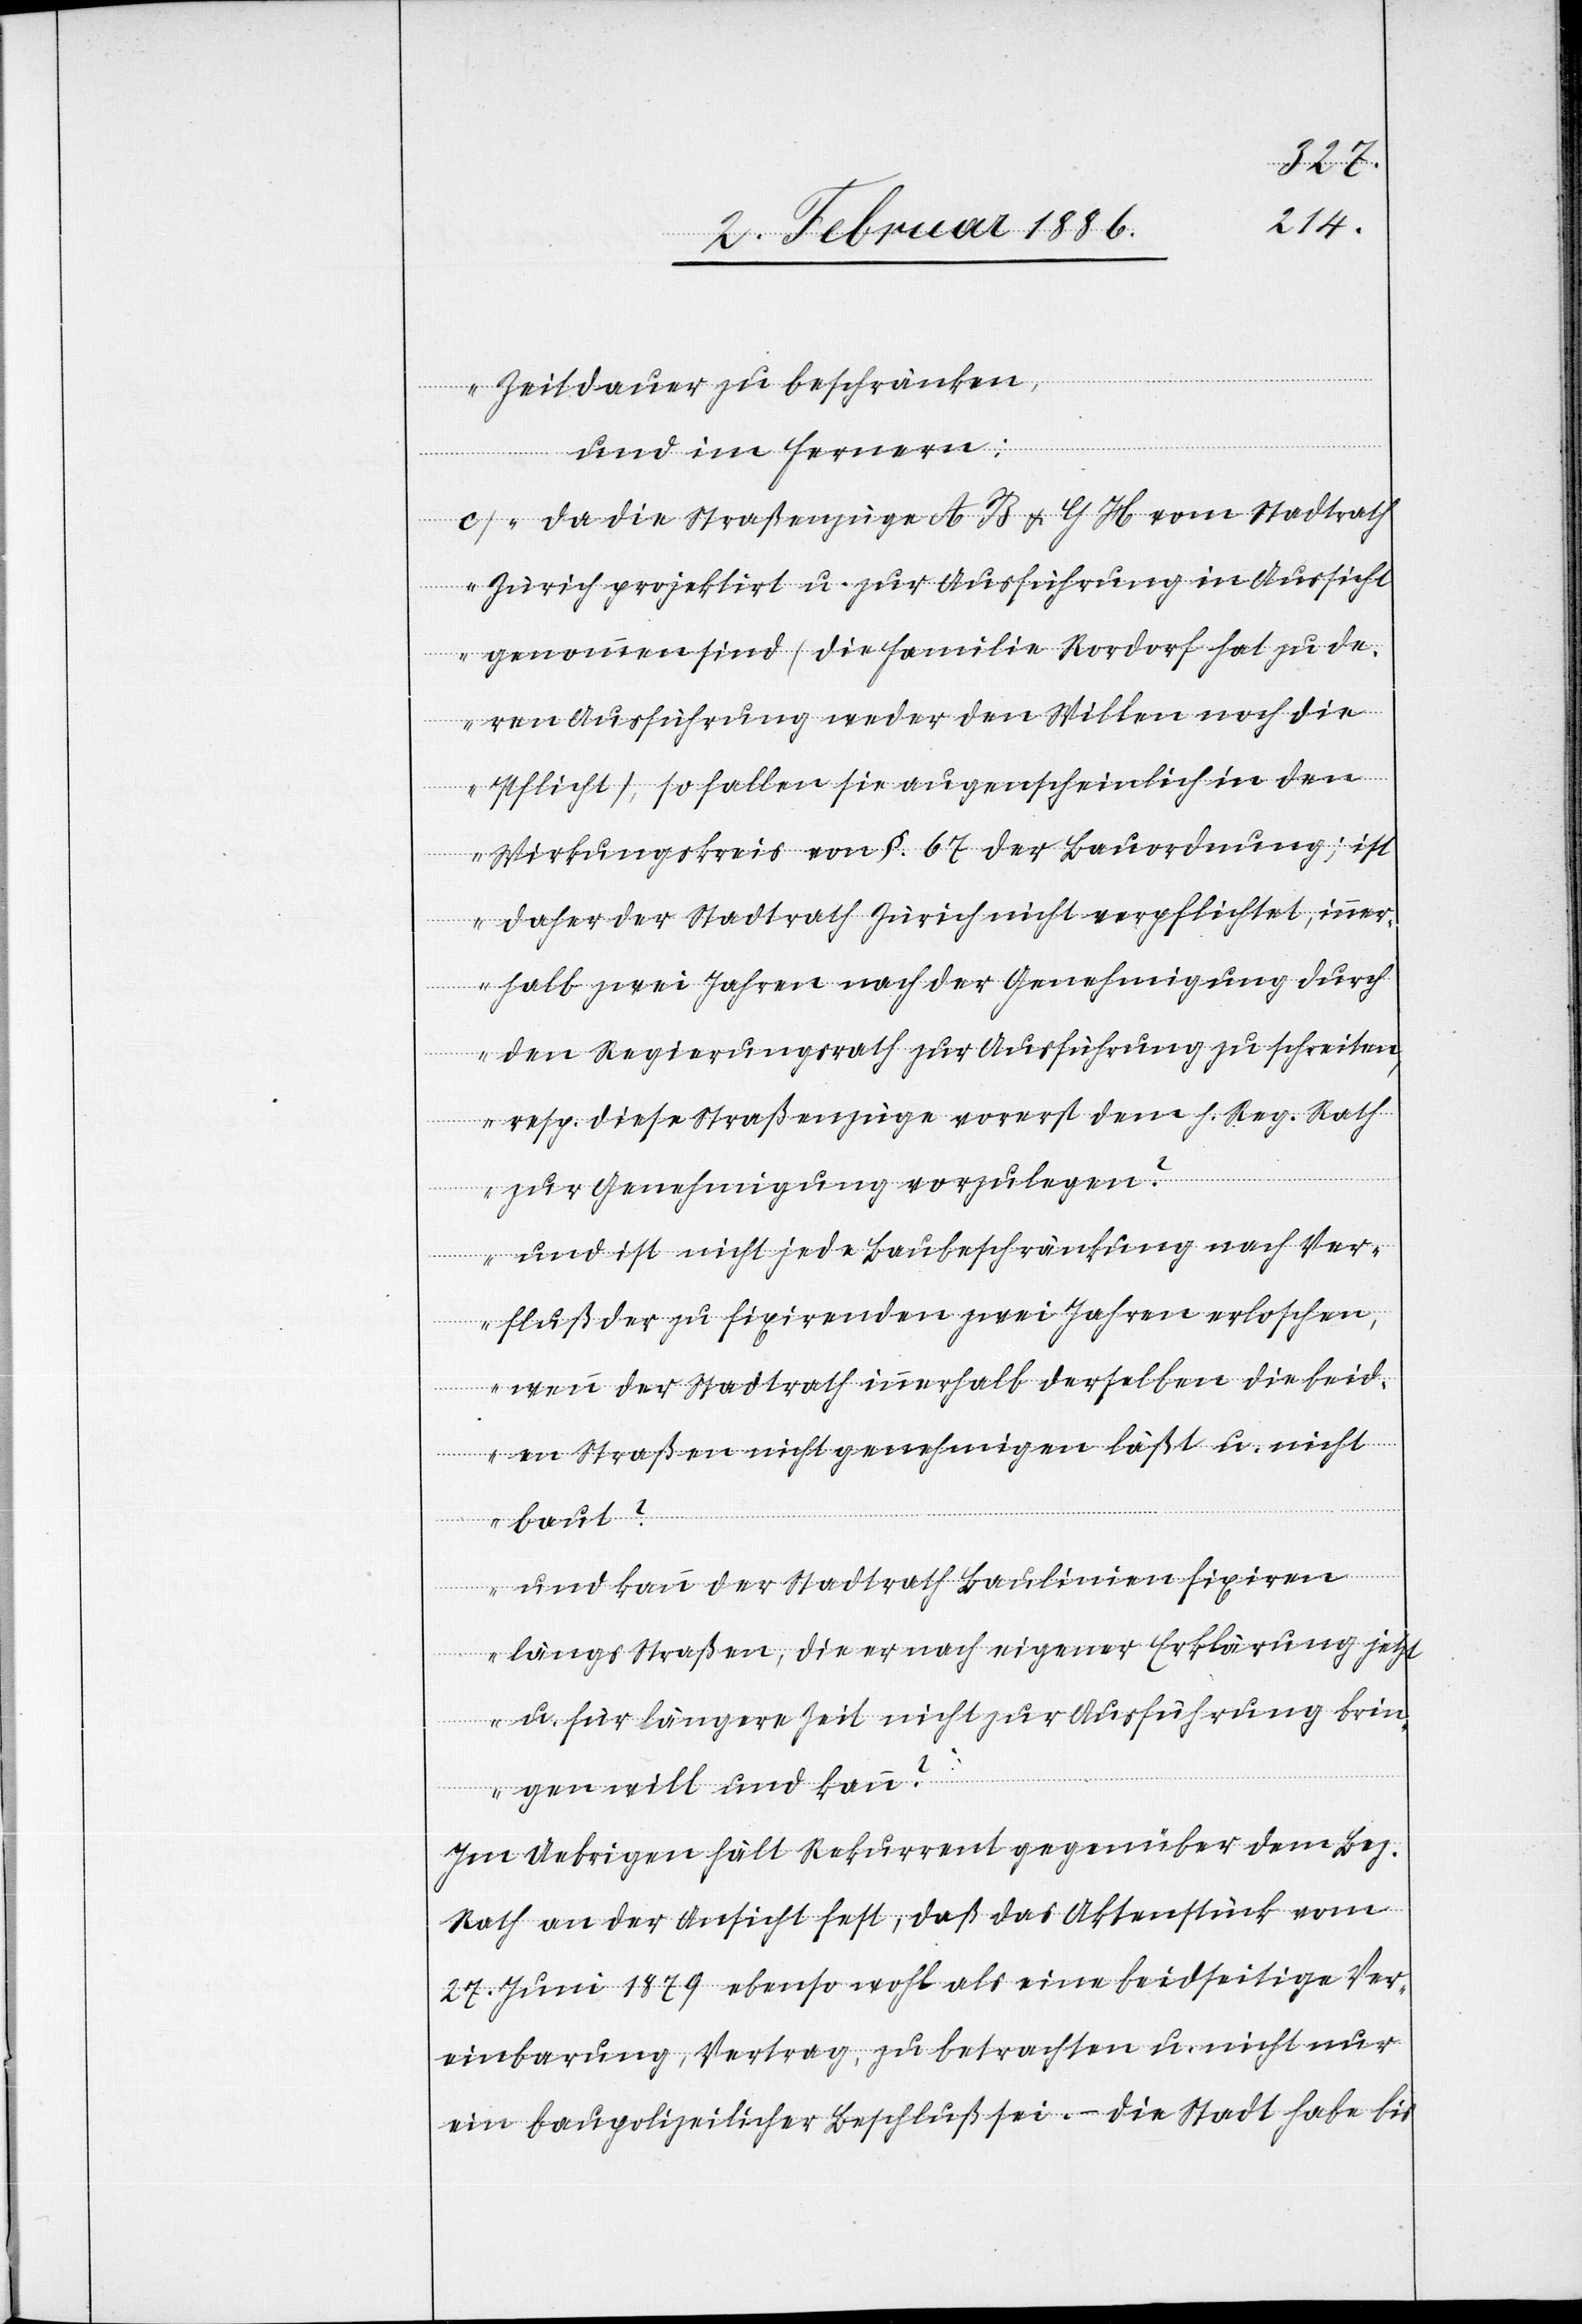
Zeitdauer zu beschränken,
und im ferneren:
c) Da die Straßenzüge A B & G H vom Stadtrath
Zürich projektirt u. zur Ausführung in Aussicht
genommen sind (die Familie Rordorf hat zu de¬
ren Ausführung weder den Willen noch die
Pflicht), so fallen sie augenscheinlich in den
Wirkungskreis von §. 67 der Bauordnung; ist
daher der Stadtrath Zürich nicht verpflichtet, inner¬
halb zwei Jahren nach der Genehmigung durch
den Regierungsrath zur Ausführung zu schreiten,
resp. diese Straßenzüge vorerst dem h. Reg. Rath
zur Genehmigung vorzulegen?
Und ist nicht jede Baubeschränkung nach Ver¬
fluß der zu fixierenden zwei Jahre erloschen,
wenn der Stadtrath innerhalb derselben die beid¬
en Straßen nicht genehmigen läßt u. nicht
baut?
Und kann der Stadtrath Baulinien fixieren
längs Straßen, die er nach eigener Erklärung jetzt
u. für längere Zeit nicht zur Ausführung brin¬
gen will und kann?“
Im Uebrigen hält Rekurrent gegenüber dem Bez.
Rath an der Ansicht fest, daß das Aktenstück vom
27. Juni 1879 ebenso wohl als eine beidseitige Ver¬
einbarung, Vertrag, zu betrachten u. nicht nur
ein baupolizeilicher Beschluß sei. – Die Stadt habe bis